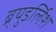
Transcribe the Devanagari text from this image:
ब्र्युडर्लिश